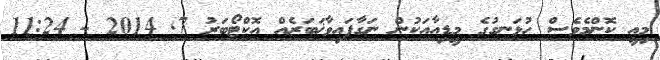
މިއީ ކޮންމެވެސް ހުޅަނގުގެ މީޑިއާއަކުން ނަގާފައިވާޚަބަރެއް އޮކްޓޯބަރު 7